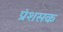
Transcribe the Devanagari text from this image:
प्रंशसक